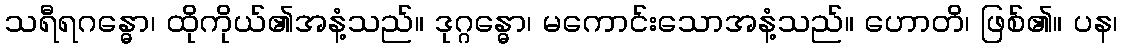
သရီရဂန္ဓော၊ ထိုကိုယ်၏အနံ့သည်။ ဒုဂ္ဂန္ဓော၊ မကောင်းသောအနံ့သည်။ ဟောတိ၊ ဖြစ်၏။ ပန၊